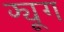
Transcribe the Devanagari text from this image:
फ्यूग